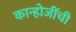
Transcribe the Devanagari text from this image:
कान्होजींची